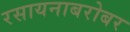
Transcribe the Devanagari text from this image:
रसायनाबरोबर